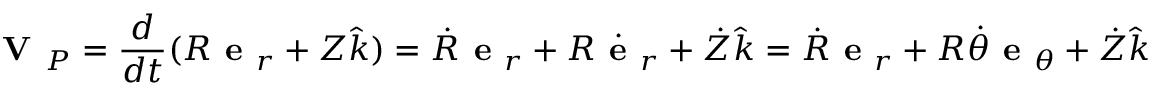
{ \textbf { V } } _ { P } = { \frac { d } { d t } } ( R { \textbf { e } } _ { r } + Z { \hat { k } } ) = { \dot { R } } { \textbf { e } } _ { r } + R { \dot { \textbf { e } } } _ { r } + { \dot { Z } } { \hat { k } } = { \dot { R } } { \textbf { e } } _ { r } + R { \dot { \theta } } { \textbf { e } } _ { \theta } + { \dot { Z } } { \hat { k } }